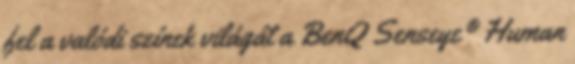
fel a valódi színek világát a BenQ Senseye® Human